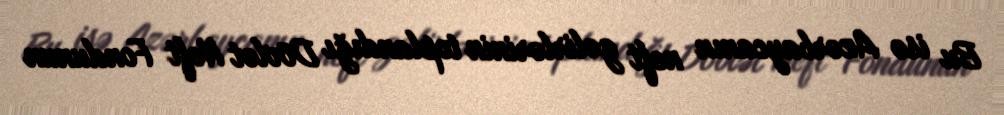
Bu isə Azərbaycanın neft gəlirlərinin toplandığı Dövlət Neft Fondunun